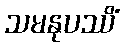
သမနုပဿိံ